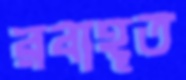
রবাহূত